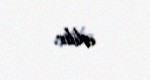
edilir.